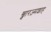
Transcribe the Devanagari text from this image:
ख्वारज़्मशाह